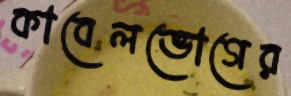
কাবেলভোগের